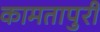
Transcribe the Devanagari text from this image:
कामतापुरी